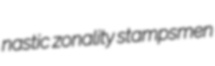
nastic zonality stampsmen